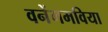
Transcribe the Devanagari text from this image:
वनेंगमविया